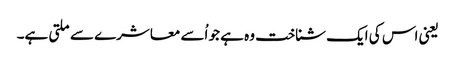
یعنی اس کی ایک شناخت وہ ہے جو اُسے معاشرے سے ملتی ہے۔